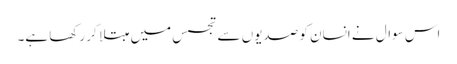
اس سوال نے انسان کو صدیوں سے تجسس میں مبتلا کر رکھا ہے۔